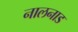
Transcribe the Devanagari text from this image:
नालनाड